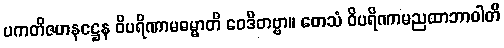
ပကတိဇဟနဋ္ဌေန ဝိပရိဏာမဓမ္မာတိ ဝေဒိတဗ္ဗာ။ တေသံ ဝိပရိဏာမညထာဘာဝါတိ